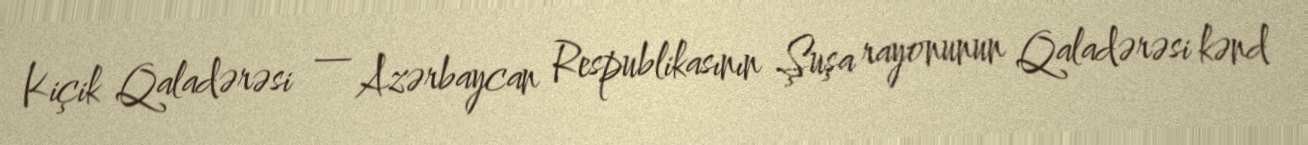
Kiçik Qaladərəsi — Azərbaycan Respublikasının Şuşa rayonunun Qaladərəsi kənd